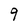
Character: 9